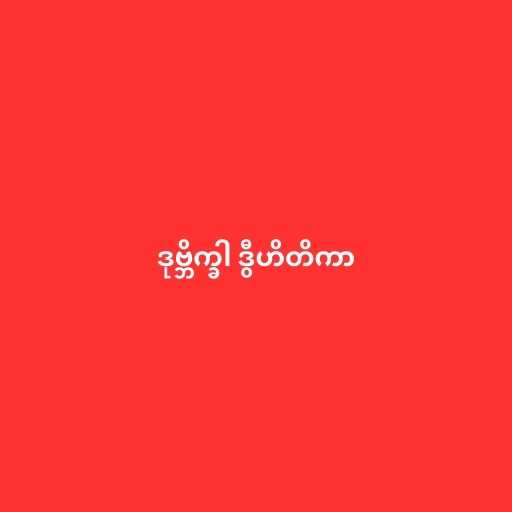
ဒုဗ္ဘိက္ခါ ဒွီဟိတိကာ